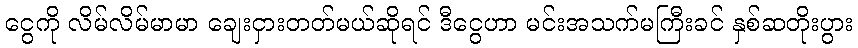
ငွေကို လိမ်လိမ်မာမာ ချေးငှားတတ်မယ်ဆိုရင် ဒီငွေဟာ မင်းအသက်မကြီးခင် နှစ်ဆတိုးပွား